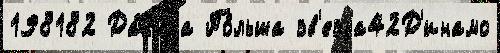
198182 Да́н'иjа По́льша зв'езда42Д'инамо